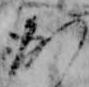
か